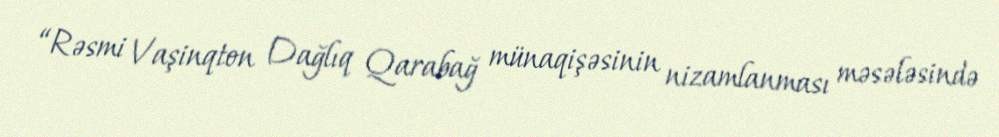
“Rəsmi Vaşinqton Dağlıq Qarabağ münaqişəsinin nizamlanması məsələsində